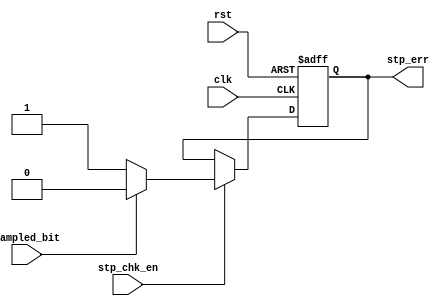
module stop_check (

input	wire		clk,
input	wire		rst,
input	wire		stp_chk_en,
input	wire		sampled_bit,
output	reg		stp_err


);

always @(posedge clk or negedge rst)
begin

if (!rst)
begin
stp_err <= 1'b0 ;
end

else if (stp_chk_en)
begin

if (sampled_bit)
begin
stp_err <= 1'b0;
end

else
begin
stp_err <= 1'b1;
end

end

end
endmodule